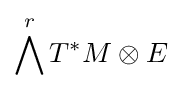
\bigwedge ^{r}T^{*}M\otimes E